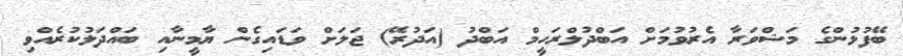
ބޭފުޅުންގެ މަޝްވަރާ އެރުވުމަށް އަބްދުލްރަހީމް އަބްދު (އަދުރޭ) ޖަލަށް ވަޑައިގެން ޔާމީނާއި ބައްދަލުކުރެއްވި